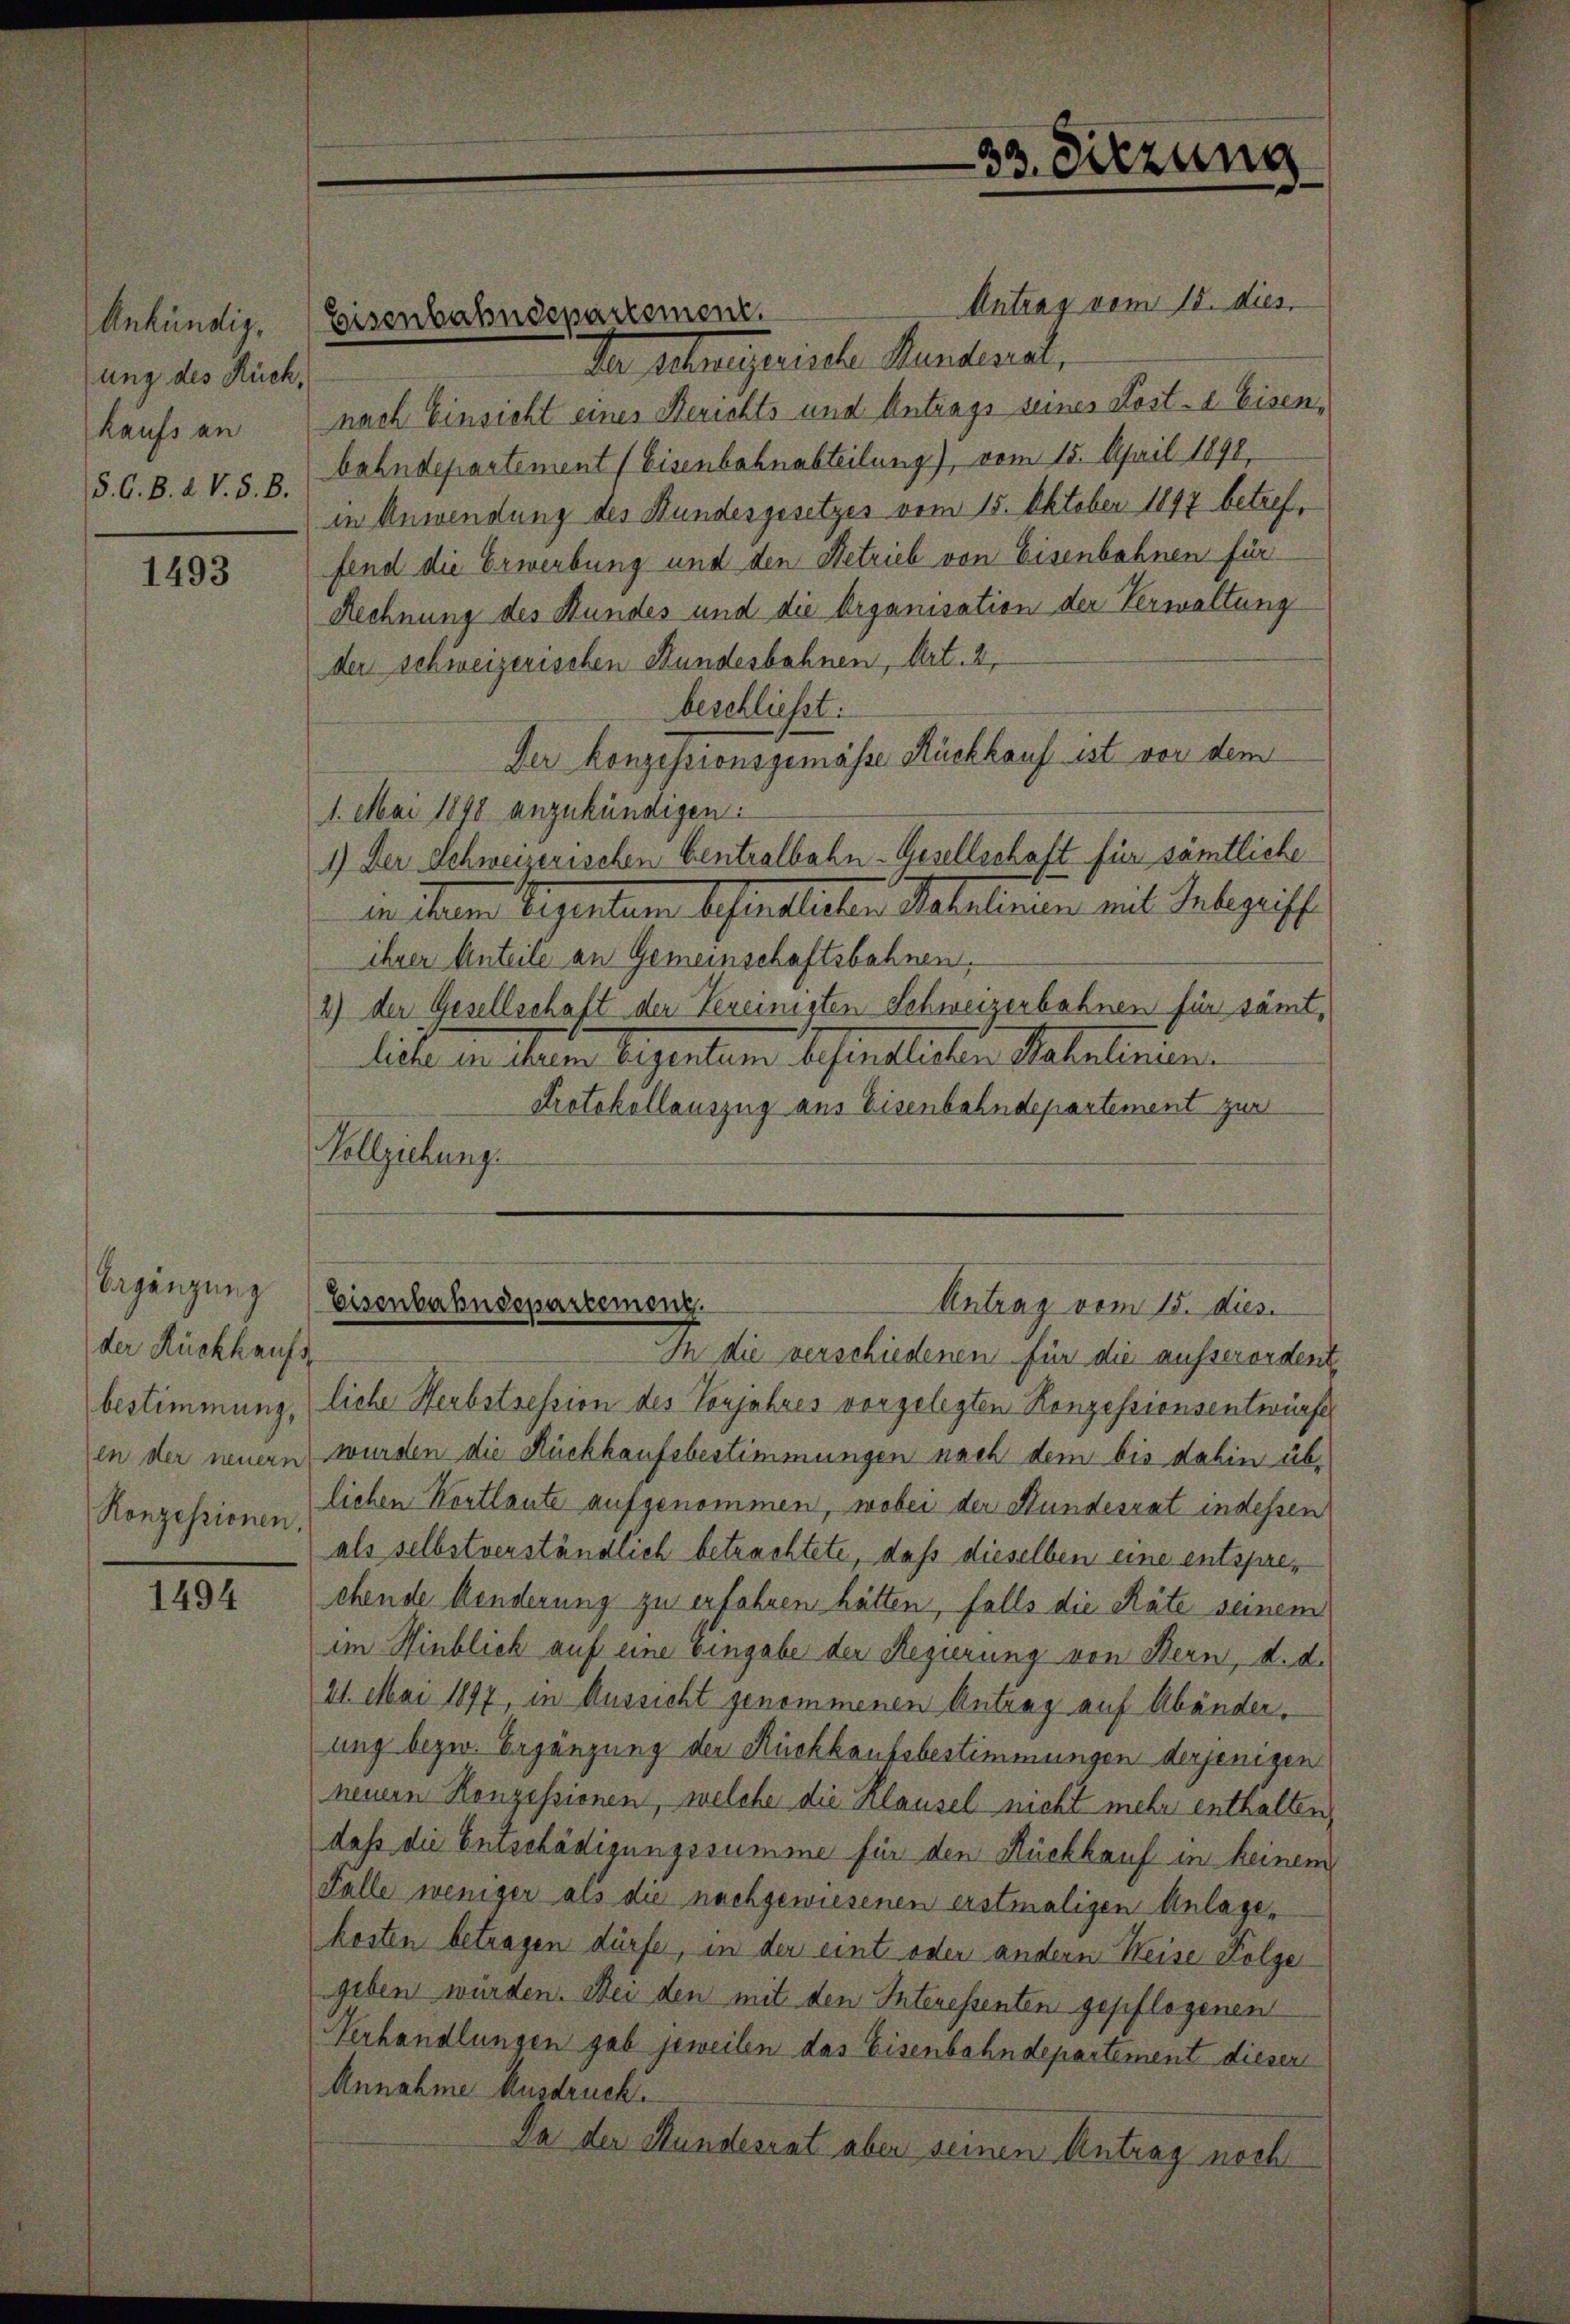
Ankündig.
ung des Rück¬
Kaufs an
S. G. B. d. V. S. B.

1493

Begänzung
der Rückkaufs
bestimmung,
(in der neuern
Konzessionen,

1494

Antrag vom 15. dies
dar trengerische Handeret,
nach Einsicht eines Berichts und Antrags seines Kost- & Eisenbahndepartement (Eisenbahnabteilung), vom 15. April 1890,
in Anwendung des Bundesgesetzes vom 15. Oktober 1897 betreffend die Erwerbung und den Betrieb von Eisenbahnen für
Rechnung des Hundes und die Organisation der Verwaltung
der schweizerischen Stundesbohnen, Art. 2
beschließt:
Der konzessionsgemässe Rückkauf ist vor dem
1. Mai 1898 anzukündigen.
1.) Der Schweizerischen Centralbahn-Gesellschaft für sämtliche
in dem Gegensten besterstlichen Petelerien mit Inbegriff
ihrer Anteile an Gemeinschaftsbahnen.
2) der Gesellschaft der Vereinisten Schweizerbahnen für sämtliche in ihrem Eigentum befindlichen Bahnlinien.
Protokollauszug aus Eisenbahndepartement zur
Vollziehung.

Eisenbahndepartement.

33. Sitzung

Eisenbahndepartement.
Antrag vom 15. dies

In die verschiedenen für die ausserordent
liche Herbstression des Vorjahres vorgelegten Konzessionsentwürfe
wurden die Rückkaufsbestimmungen nach dem bis dahin üblichen Kortlaute aufgenommen, wobei der Stundesrat indessen
als selbstverständlich betrachtete, dass dieselben eine entsprechende Aenderung zu erfahren hätten, falls die Räte seinem
im Hinblick auf eine Eingabe der Regierung von Bern, d. d.
21. Mai 1897, in Aussicht genommenen Antrag auf Abänder,
ung bezw. Ergänzung der Rückkaufsbestimmungen derjenigen
neuern Konzessionen, welche die Klausel nicht mehr enthalten
daß die Entschädigungssumme für den Rückkauf in keinem
Falle weniger als die nachgewiesenen erstmaligen Anlagekosten betragen dürfe, in der eint oder andern Weise Folge
geben wurden. Dei den mit den Interessenten gepflogenen
Verhandlungen gab jeweilen das Eisenbahndepartement dieser
Annahme Ausdruck.
Da der Stundesrat aber seinen Antrag noch